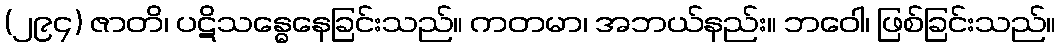
(၂၉၄) ဇာတိ၊ ပဋိသန္ဓေနေခြင်းသည်။ ကတမာ၊ အဘယ်နည်း။ ဘဝေါ၊ ဖြစ်ခြင်းသည်။